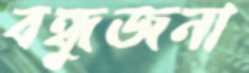
বন্ধুজনা